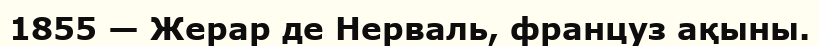
1855 — Жерар де Нерваль, француз ақыны.